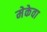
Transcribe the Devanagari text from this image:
मेकेवा